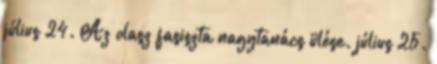
július 24. Az olasz fasiszta nagytanács ülése. július 25.